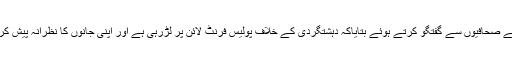
ڈی پی او چارسدہ عرفان اللہ خان نے صحافیوں سے گفتگو کرتے ہوئے بتایاکہ دہشتگردی کے خلاف پولیس فرنٹ لائن پر لڑرہی ہے اور اپنی جانوں کا نظرانہ پیش کر اپنا فریضہ سرانجام دے رہی ہے۔